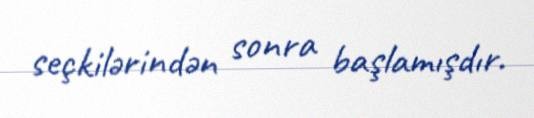
seçkilərindən sonra başlamışdır.